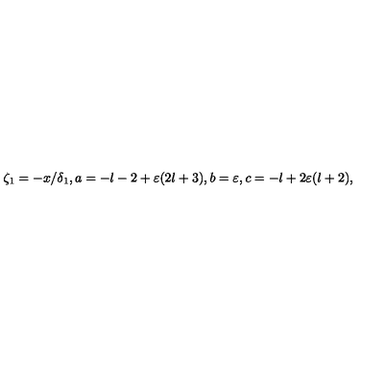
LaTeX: \zeta _ { 1 } = - x / \delta _ { 1 } , a = - l - 2 + \varepsilon ( 2 l + 3 ) , b = \varepsilon , c = - l + 2 \varepsilon ( l + 2 ) ,